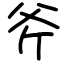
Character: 斧